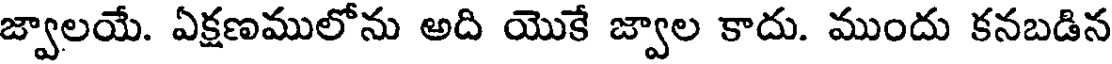
జ్వాలయే. ఏక్షణములోను అది యొకే జ్వాల కాదు. ముందు కనబడిన